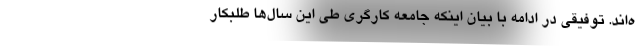
ه‌اند. توفيقي در ادامه با بيان اينكه جامعه كارگري طي اين سال‌ها طلبكار